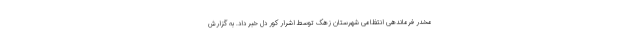
مخدر فرماندهی انتظامی شهرستان زهک توسط اشرار کور دل خبر داد. به گزارش